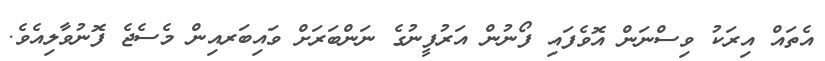
އެތައް އިރަކު ވިސްނަން އޮވެފައި ފޯނުން އަރުފީނުގެ ނަންބަރަށް ވައިބަރއިން މެސެޖެ ފޮނުވާލިއެވެ.